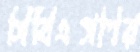
সিবিএসপির